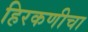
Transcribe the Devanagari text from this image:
हिरकणीचा